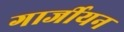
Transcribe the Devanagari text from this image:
गार्जीयन